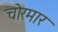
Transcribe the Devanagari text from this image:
चोरमार